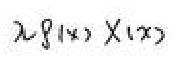
\(2f(x) \times (x)\)